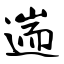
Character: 遄